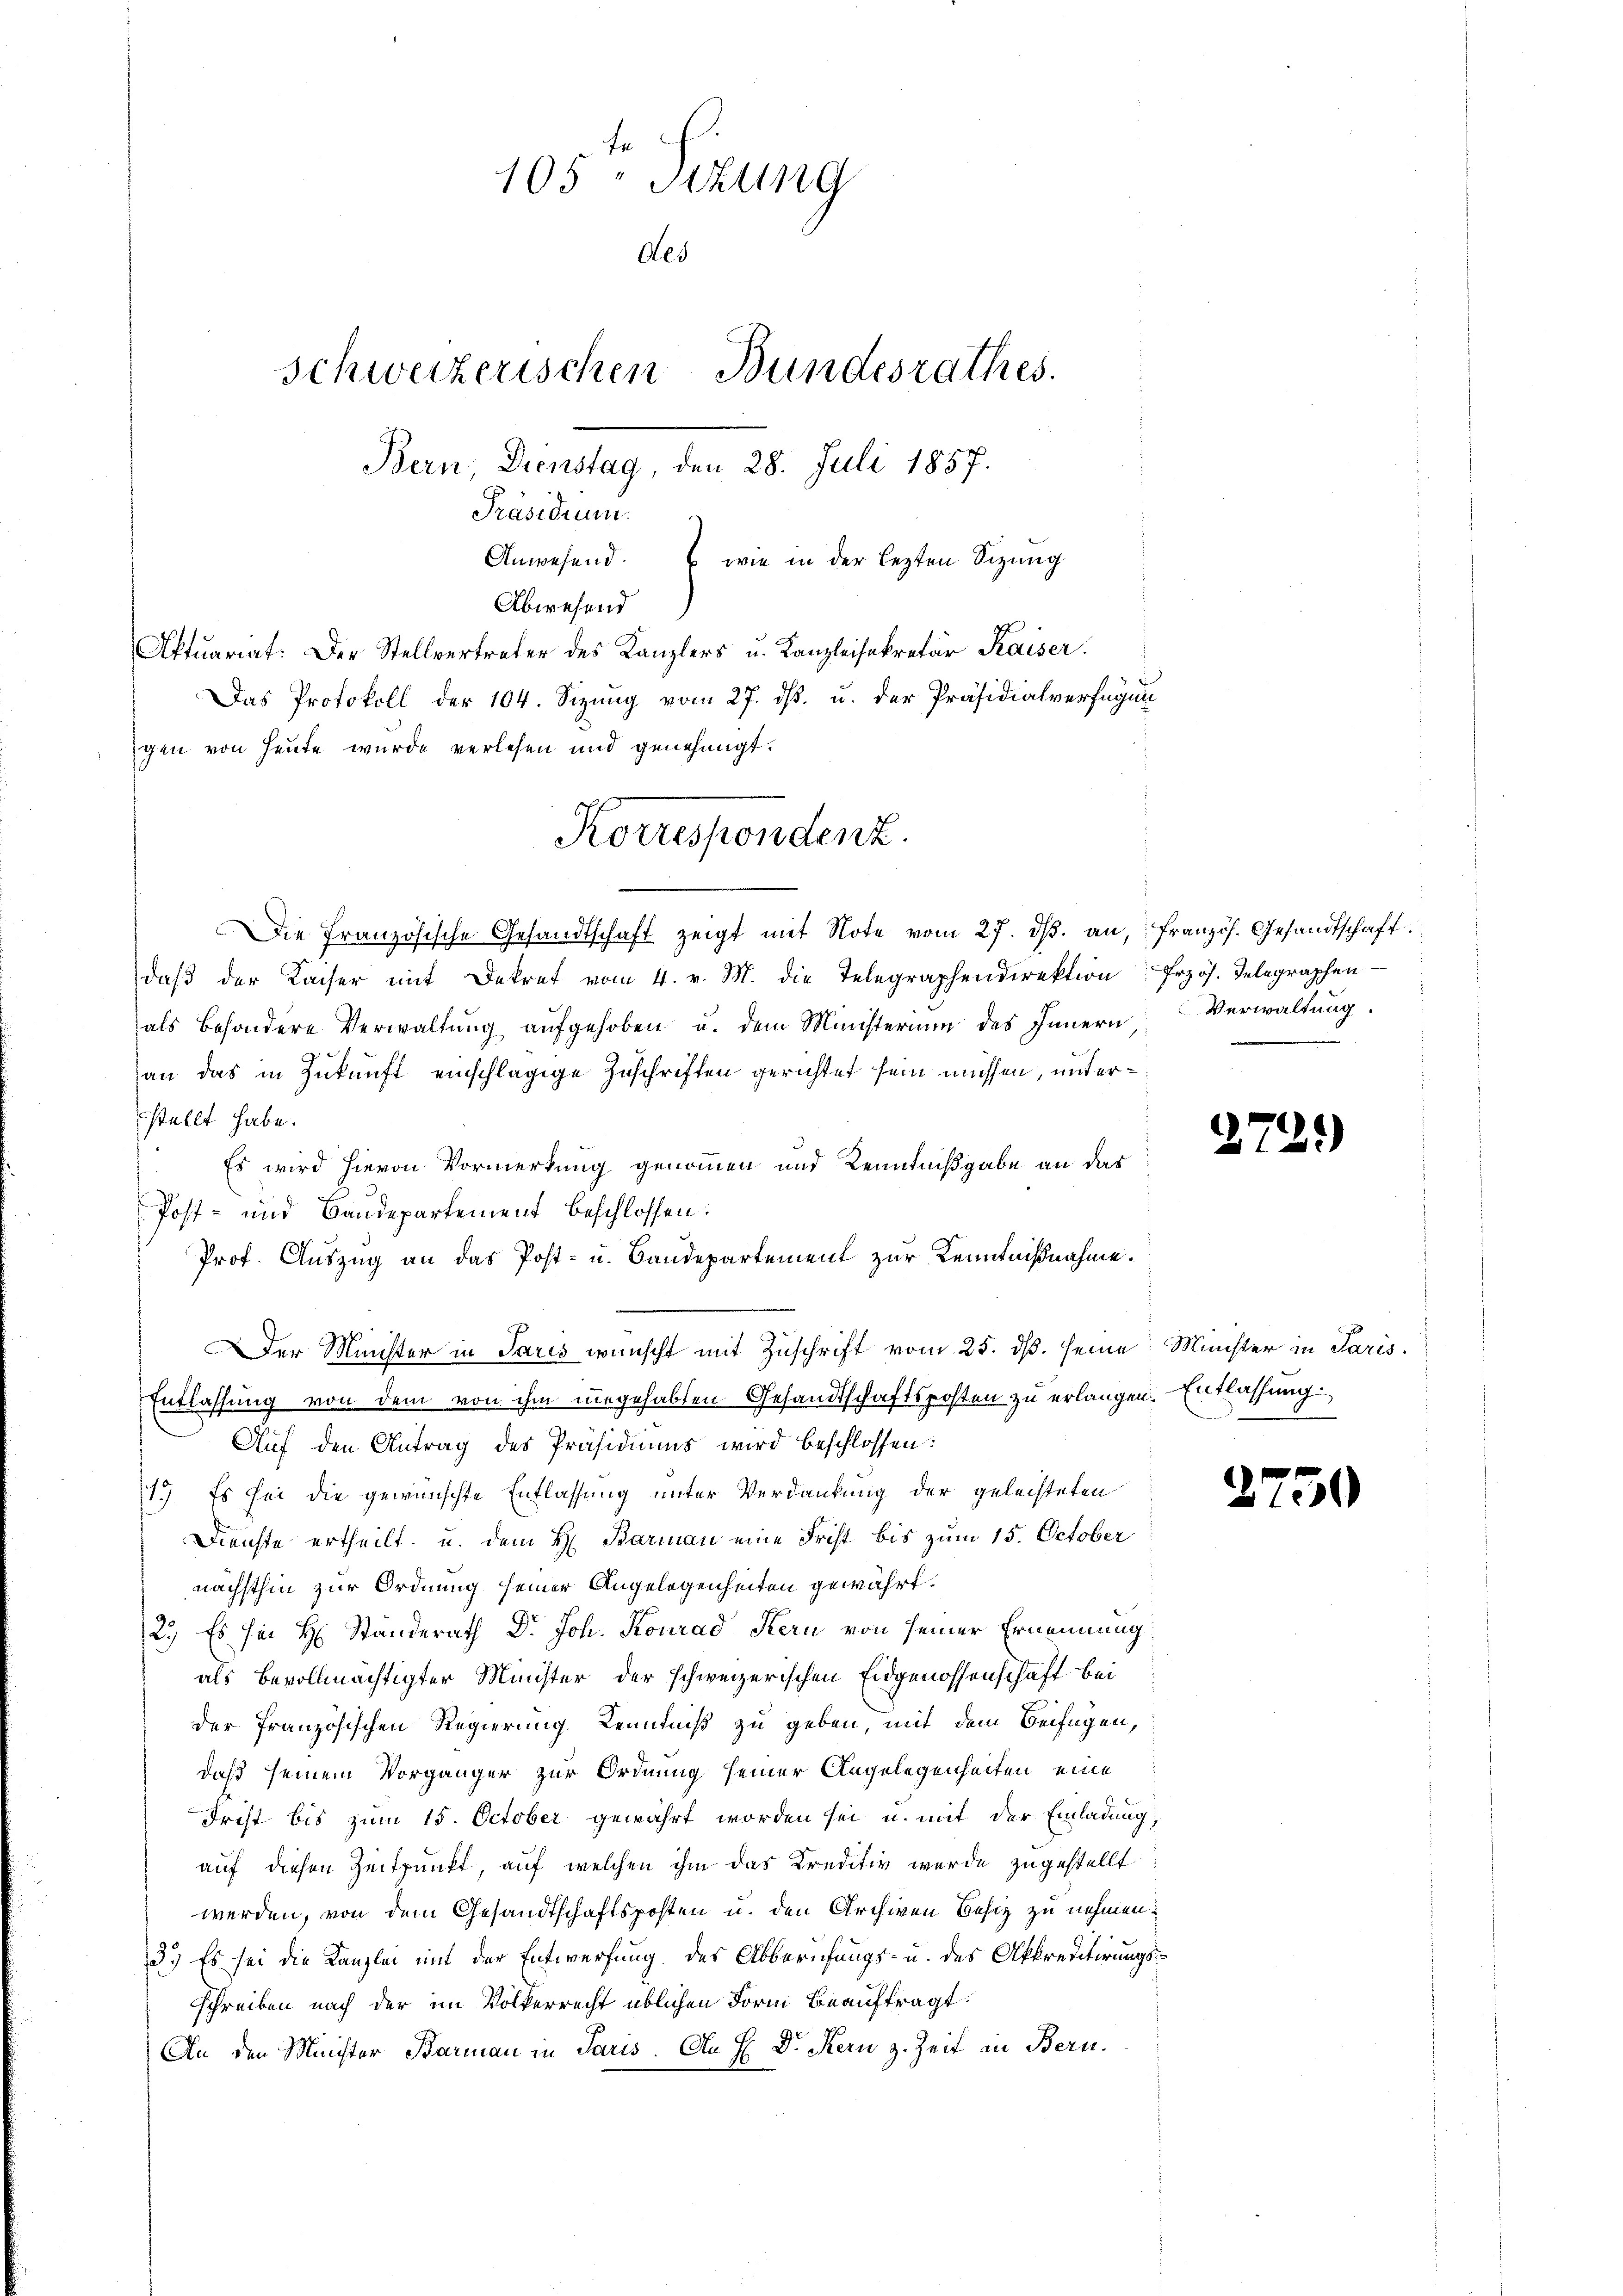
te
105 " Stzung
Aes
Schweizerischen Bundesrathes.
Bern, Dienstag, den 28. Juli 1857.
Präsidium.
Anwesend & wie in der lezten Sizung
Abwesend

Aktuariat: Der Stellvertreter des Kanzlers u. Kanzleisekretär Kaiser.
Das Protokoll der 104. Sizung vom 27. ds. u. der Präsidialverfügun
gen von Heute wurde verlesen und genehmigt:
Die Französische Gesandtschaft zeigt mit Note vom 27. dβ. an, französ. Gesandtschaft
daβ der Kaiser mit Dekret vom 4. v. M. die Telegraphendirektion Przös. Telegraphen
als besondere Verwaltung aufgehoben u. dem Ministerium des Innern
an das in Zukunft einschlägige Zuschriften gerichtet sein müssen, unterstellt habe.
Es wird hievon Vormerkung genommen und Kenntnißgabe an das
Post- und Baudepartement beschlossen:
Prof. Auszug an das Post- u. Baudepartement zur Kenntnißnahme.
Der Münster in Paris wünscht mit Zuschrift vom 25. ds. seine Minister in Paris.
Entlassung von dem von ihm ungehabten Gesandtschaftsposten zu erlangen. Entlassung
Auf den Antrag des Präsidiums wird beschlossen:
1.) Es sei die gewünschte Entlassung unter Verdankung der geleisteten
Dienste ertheilt, u. dem H. Barman eine Frist bis zum 15. October
nächsthin zur Ordnung seiner Angelegenheiten gewährt.
2.) Es im H. Ständerath Dr. Joh. Konrad Kern von seiner Ernennung
als Bevollmächtigter Minister der schweizerischen Eidgenossenschaft bei
der französischen Regierung Kenntniß zu geben, mit dem Beifügen,
daß seinem Vorgänger zur Ordnung seiner Angelegenheiten, eine
Frist bis zum 15. October gewährt worden sei u. mit der Einladung,
auf diesen Zeitpunkt, auf welchen ihm das Kreditiv wurde zugestellt.
werden, von dem Gesandtschaftsposten u. den Archiven Besiz zu nehmen.
3.) Es sei die Kanzlei mit der Entwerfung des Abberufungs- u. des Atkreditirungs¬
Schreiben nach der im Volkerrecht üblichen Form Beauftragt:
An den Minister Barmann in Paris. An H. Dr. Kern z. Zeit in Bern.

Korrespondenz.

Verwaltung.

27

2

22)

50